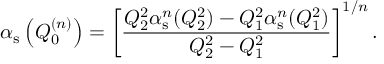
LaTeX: \alpha _ { \mathrm { s } } \left( Q _ { 0 } ^ { ( n ) } \right) = \left[ \frac { Q _ { 2 } ^ { 2 } \alpha _ { \mathrm { s } } ^ { n } ( Q _ { 2 } ^ { 2 } ) - Q _ { 1 } ^ { 2 } \alpha _ { \mathrm { s } } ^ { n } ( Q _ { 1 } ^ { 2 } ) } { Q _ { 2 } ^ { 2 } - Q _ { 1 } ^ { 2 } } \right] ^ { 1 / n } .